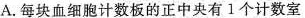
A.每块血细胞计数板的正中央有1个计数室